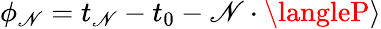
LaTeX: \phi_{\mathscr{N}}=t_{\mathscr{N}}-t_{0}-\mathscr{N}\cdot\langleP\rangle